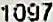
1097